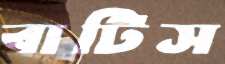
বাটিস